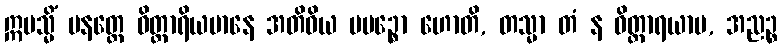
ဣမသ္မိံ ပနတ္ထေ ဝိတ္ထာရိယမာနေ အတိဝိယ ပပဉ္စော ဟောတိ, တသ္မာ တံ န ဝိတ္ထာရယာမ, အညဉ္စ